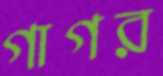
গাগর